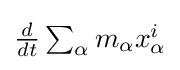
{\textstyle {\frac {d}{dt}}\sum _{\alpha }m_{\alpha }x_{\alpha }^{i}}